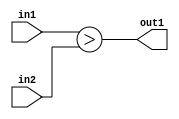
`timescale 1ps / 1ps
/*****************************************************************************
    Verilog RTL Description
    
    
    Created by: CellMath Designer 2019.1.01 
*******************************************************************************/

module DFT_compute_LessThan_8Ux8U_1U_4 (
	in2,
	in1,
	out1
	); /* architecture "behavioural" */ 
input [7:0] in2,
	in1;
output  out1;
wire  asc001;

assign asc001 = (in1>in2);

assign out1 = asc001;
endmodule

/* CADENCE  urfzQgk= : u9/ySgnWtBlWxVPRXgAZ4Og= ** DO NOT EDIT THIS LINE ******/